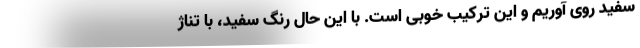
سفید روی آوریم و این ترکیب خوبی است. با این حال رنگ سفید، با تناژ